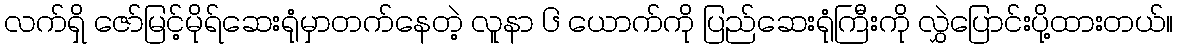
လက်ရှိ ဇော်မြင့်မိုရ်ဆေးရုံမှာတက်နေတဲ့ လူနာ ၆ ယောက်ကို ပြည်ဆေးရုံကြီးကို လွှဲပြောင်းပို့ထားတယ်။